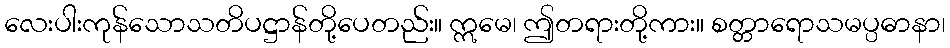
လေးပါးကုန်သောသတိပဋ္ဌာန်တို့ပေတည်း။ ဣမေ၊ ဤတရားတို့ကား။ စတ္တာရောသမပ္ပဓာနာ၊